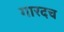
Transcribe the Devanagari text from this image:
गारदच